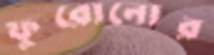
ফুরোনোর